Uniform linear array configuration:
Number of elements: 48
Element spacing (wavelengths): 0.75
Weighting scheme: cosine
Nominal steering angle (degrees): -15
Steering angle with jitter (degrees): -16.343
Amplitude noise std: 0.05
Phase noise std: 0.05

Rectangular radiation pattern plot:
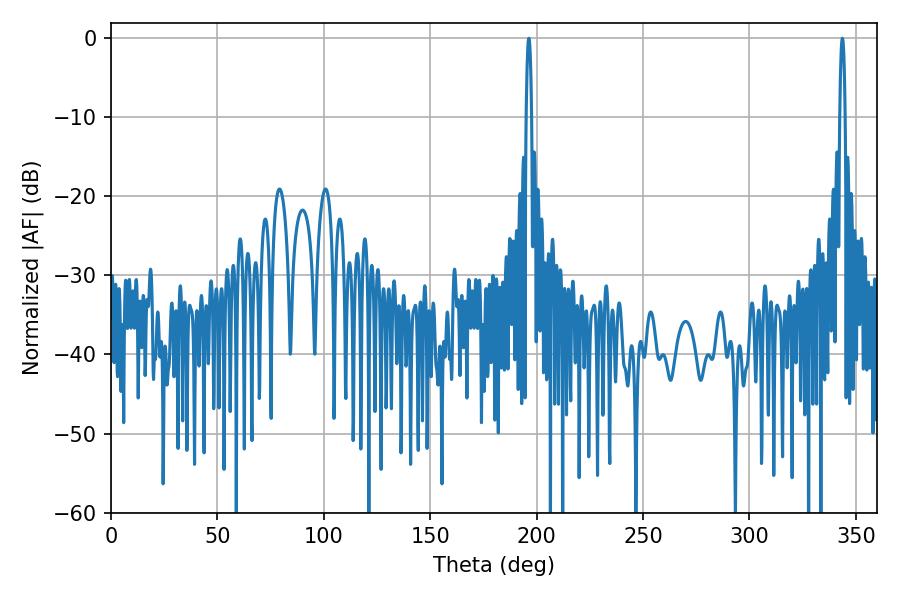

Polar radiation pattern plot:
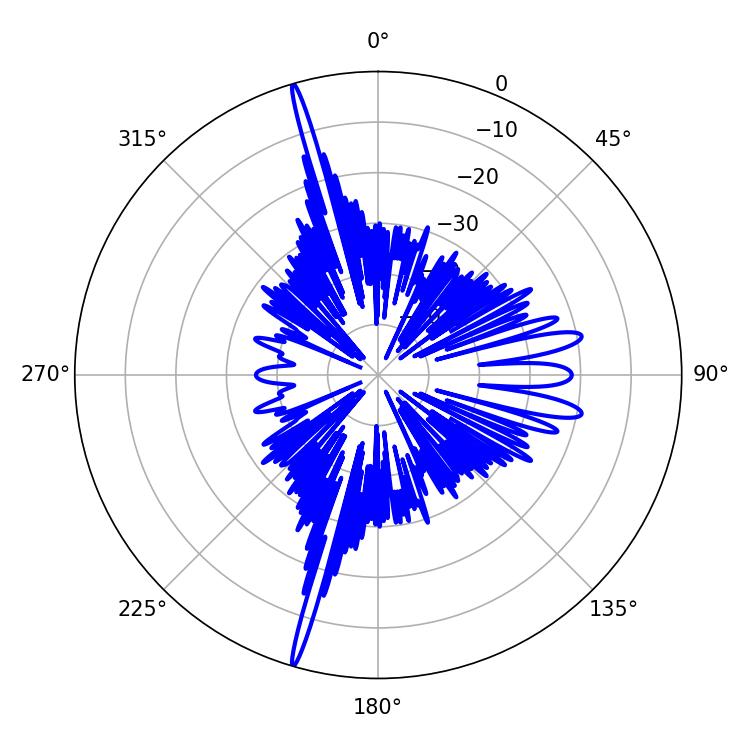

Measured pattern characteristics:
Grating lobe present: TRUE
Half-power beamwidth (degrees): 1.26
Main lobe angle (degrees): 343.62